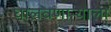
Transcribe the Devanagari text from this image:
घालवणाऱ्याला